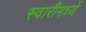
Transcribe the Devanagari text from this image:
स्वारीमध्यें